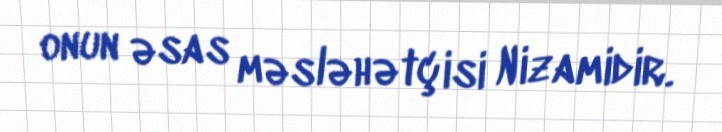
onun əsas məsləhətçisi Nizamidir.